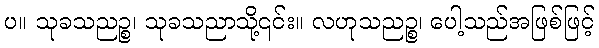
ပ။ သုခသညဉ္စ၊ သုခသညာသို့၎င်း။ လဟုသညဉ္စ၊ ပေါ့သည်အဖြစ်ဖြင့်